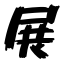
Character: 展